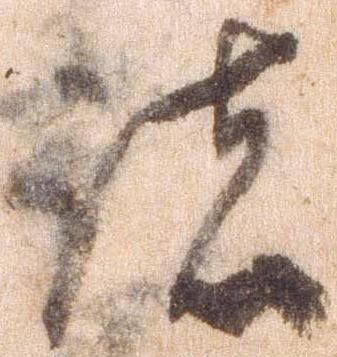
諸